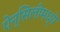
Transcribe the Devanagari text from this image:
पेन्सिलीमध्ये